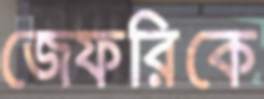
জেফরিকে